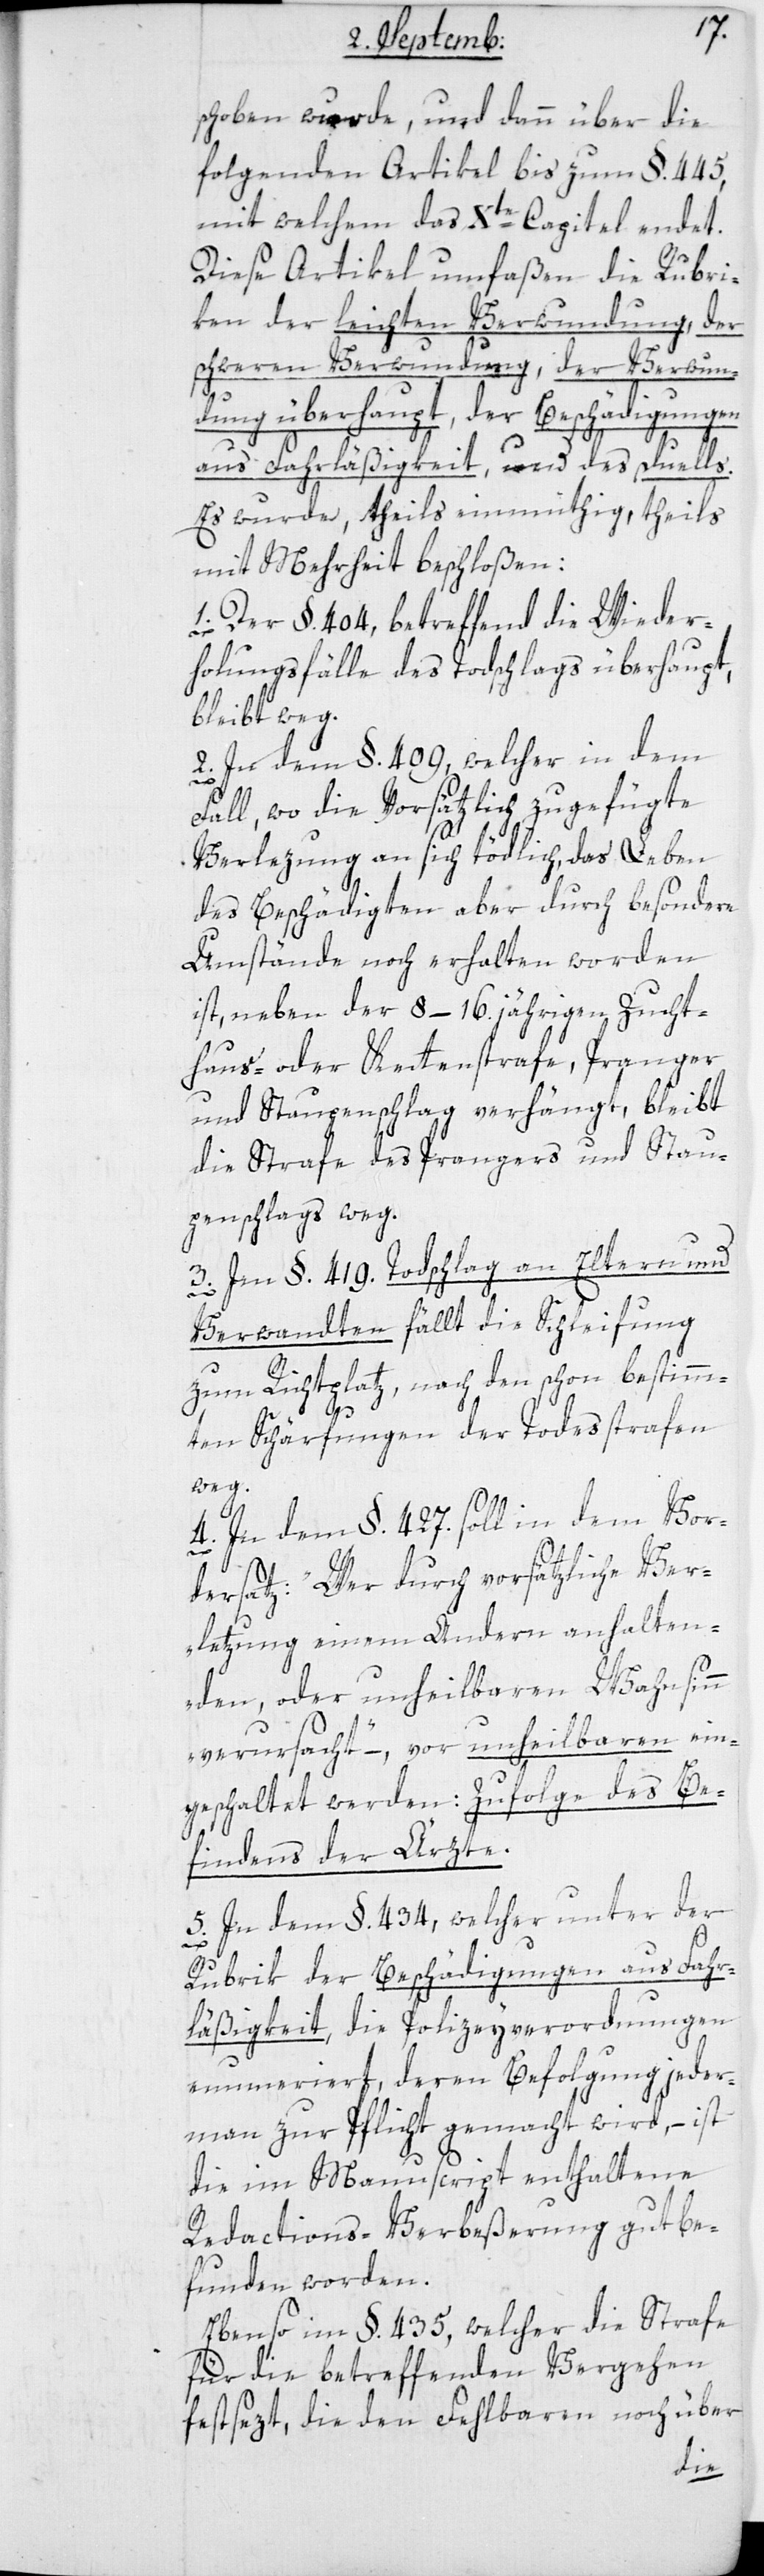
schoben wurde, und dann über die
folgenden Artikel bis zum §. 445,
mit welchem das Xte Capitel endet.
Diese Artikel umfaßen die Rubri¬
ken der leichten Verwundung, der
schweren Verwundung, der Verwun¬
dung überhaupt, der Beschädigungen
aus Fahrläßigkeit, und des Duells.
Es wurde theils einmüthig, theils
mit Mehrheit beschloßen:
1. Der §. 404, betreffend die Wieder¬
holungsfälle des Todschlags überhaupt,
bleibt weg.
2. In dem §. 409, welcher in dem
Fall, wo die Vorsätzlich zugefügte
Verletzung an sich tödlich, das Leben
des Beschädigten aber durch besondere
Umstände noch erhalten worden
ist, neben der 8–16. jährigen Zucht¬
haus- oder Kettenstrafe, Pranger
und Staupenschlag verhängt, bleibt
die Strafe des Prangers und Stau¬
penschlags weg.
3. Im §. 419. Todschlag an Eltern und
Verwandten fällt die Schleifung
zum Richtplatz, nach den schon bestimm¬
ten Schärfungen der Todesstrafen
weg.
4. In dem §. 427. soll in dem Vor¬
dersatz: „Wer durch vorsätzliche Ver¬
letzung einem Andern anhalten¬
den oder unheilbaren Wahnsinn
verursacht“, – vor unheilbaren ein¬
geschaltet werden: Zufolge des Be¬
findens der Ärzte.
5. In dem §. 434, welcher unter der
Rubrik der Beschädigungen aus Fahr¬
läßigkeit, die Polizeyverordnungen
enumeriert, deren Befolgung jeder¬
mann zur Pflicht gemacht wird, – ist
die im Manuscript enthaltene
Redactions-Verbeßerung gut be¬
funden worden.
Ebenso im §. 435, welcher die Strafe
für die betreffenden Vergehen
festsezt, die den Fehlbaren noch über